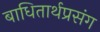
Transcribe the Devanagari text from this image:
बाधितार्थप्रसंग